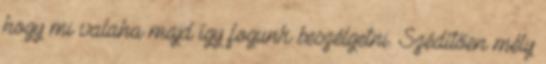
hogy mi valaha majd így fogunk beszélgetni. Szédítően mély